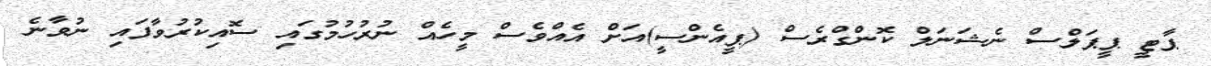
ޕާޓީ ޕީޕަލްސް ނެޝަނަލް ކޮންގްރެސް (ޕީއެންސީ)އަށް އެއްވެސް މީހެއް ނުރުހުމުގައި ސޮއިކުރުވާފައި ނުވާނެ